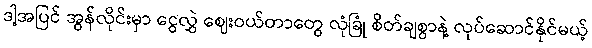
ဒါ့အပြင် အွန်လိုင်းမှာ ငွေလွှဲ ဈေးဝယ်တာတွေ လုံခြုံ စိတ်ချစွာနဲ့ လုပ်ဆောင်နိုင်မယ့်